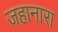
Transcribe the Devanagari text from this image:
जहानारा